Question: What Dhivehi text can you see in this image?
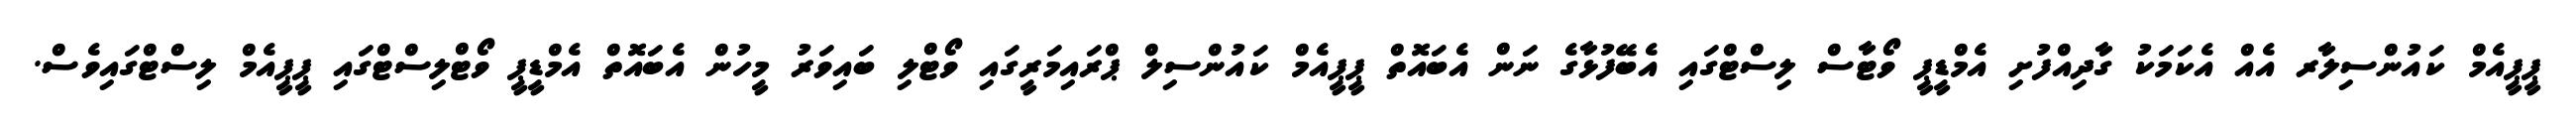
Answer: ޕީޕީއެމް ކައުންސިލާރ އެއް އެކަމަކު ގާދިއްފުށި އެމްޑީޕީ ވޯޓާސް ލިސްޓްގައި އެބޭފުޅާގެ ނަން އެބައޮތް ޕީޕީއެމް ކައުންސިލް ޕްރައިމަރީގައި ވޯޓްލި ބައިވަރު މީހުން އެބައޮތް އެމްޑީޕީ ވޯޓްލިސްޓްގައި ޕީޕީއެމް ލިސްޓްގައިވެސް.